Vaccination in the Punjab 1919-1929 - 1919-1929
Year: 1919
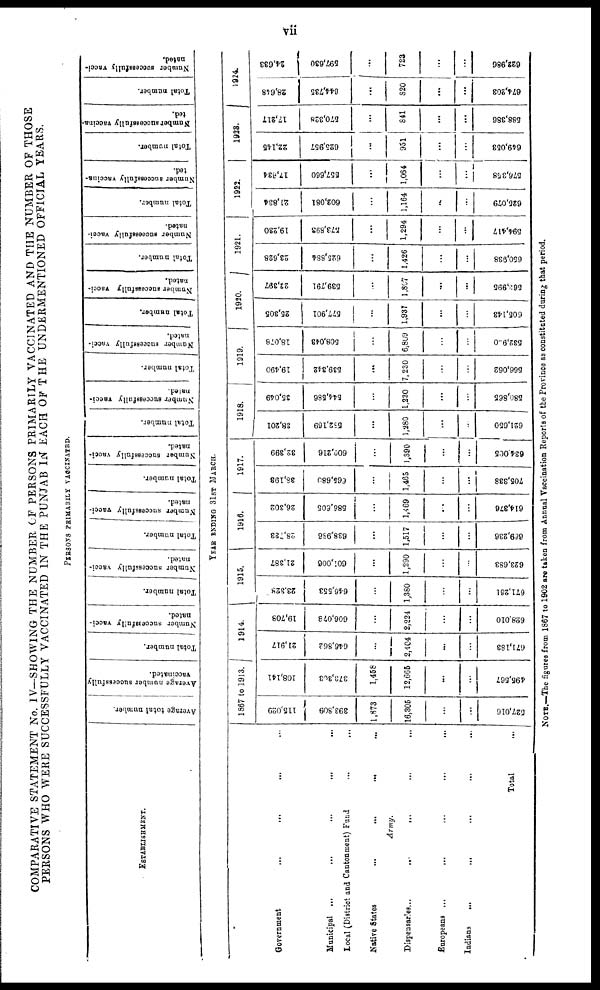
vii
COMPARATIVE STATEMENT No. IV—SHOWING THE NUMBER OF PERSONS PRIMARILY VACCINATED AND THE NUMBER OF THOSE
PERSONS WHO WERE SUCCESSFULLY VACCINATED IN THE PUNJAB IN EACH OF THE UNDERMENTIONED OFFICIAL YEARS.
PERSONS PRIMARILY VACCINATED.
ESTABLISHMENT.
Government ... ... ... ...
Municipal ... ... ......
Local (District and Cantonment) Fund
Native States
...
...
...
Army.
Dispensaries...
...
... ... ...
Europeans ...
...
...
...
...
Indians
...
... ... ... ...
Total ...
Average total number.
Average number successfully
vaccinated.
Total number.
Number successfully vacci-
nated.
Total number.
Number successfully vacci-
nated.
Total number.
Number successfully vacci-
nated.
Total number.
Number successfully vacci¬
nated.
Total number.
Number successfully vacci-
nated.
Total number.
Number successfully vacci-
nated.
Total number.
Number successfully vacci¬
nated.
Total number.
Number successfully vacci-
nated.
Total number.
Number successfully vaccina-
ted.
Total number.
Number successfully vaccina-
ted.
Total number.
Number successfully vacci-
nated.
YEAR ENDING 31ST MARCH.
1867 to 1913.
115,029
393,809
1,873
16,305
...
...
527,016
108,141
373,303
1,458
12,665
...
...
495,567
1914.
21,917
646,862
...
2,404
...
...
671,183
19,708
606,078
...
2,224
...
...
628,010
1915.
23,328
646,553
...
1,380
...
...
671,261
21,387
601,006
...
1,290
...
...
623,683
1916.
28,733
638,986
...
1,517
...
...
669,236
26,302
586,605
...
1,469
...
...
614,376
1917.
38,193
665,680
...
1,465
...
...
705,338
32,399
600,216
...
1,390
...
...
634,005
1918.
38,201
582,169
...
1,280
...
...
621,650
35,049
544,586
...
1,230
...
...
580,865
1919.
19,490
539,342
...
7,230
...
...
566,062
18,078
508,043
...
6,809
...
...
532,900
1920.
25,305
577,901
...
1,937
...
...
605,143
22,397
539,791
...
1,807
...
...
563,995
1921.
23,628
625,884
...
1,426
...
...
650,938
19,230
573,893
...
1,294
...
...
594,417
1922.
21,834
602,081
...
1,164
...
...
625,079
17,634
557,660
...
1,064
...
...
576,358
1923.
22,145
625,957
...
951
...
...
649,053
17,217
570,328
...
841
...
...
588,386
1924.
28,648
644,735
...
820
...
...
674,203
24,633
597,630
...
723
...
...
622,986
NOTE.—The figures from 1867 to 1902 are taken from Annual Vaccination Reports of the Province as constituted during that period.